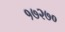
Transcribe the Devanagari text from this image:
१७२७०